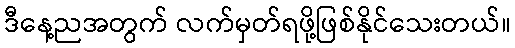
ဒီနေ့ညအတွက် လက်မှတ်ရဖို့ဖြစ်နိုင်သေးတယ်။